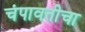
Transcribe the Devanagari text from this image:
चंपावतीचा